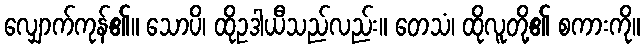
လျှောက်ကုန်၏။ သောပိ၊ ထိုဥဒါယီသည်လည်း။ တေသံ၊ ထိုလူတို့၏ စကားကို။